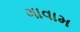
ગાવામ